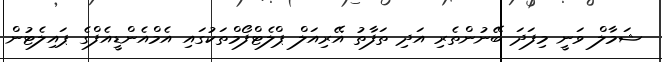
ޝަމާލް ވަނީ މިފަދަ ބޭނުންތެރި އަދި ތަފާތު އޭރިއަލް ޕްލެޓްފޯމްތަކުގައި އެމްއެންޑީއެފްގެ ޕައިލެޓުން